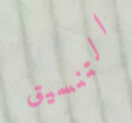
التنسيق